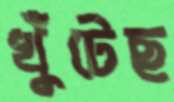
খুঁটেছ